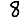
Digit: 8